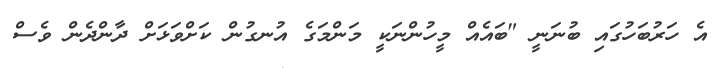
އެ ހަރުބަހުގައި ބުނަނީ "ބައެއް މީހުންނަކީ މަންމަގެ އުނގުން ކަށްވަޅަށް ދާންދެން ވެސް